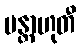
မန္တာဟုတီ